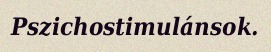
Pszichostimulánsok.